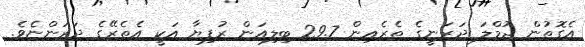
އެގޮތުން ޖުމްލަ ދަރަނީގެ ތެރެއިން 29.7 ބިލިއަން ރުފިޔާ އަކީ އެތެރޭގެ ދަރަންޏެވެ.